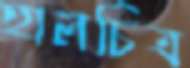
হালচিত্র